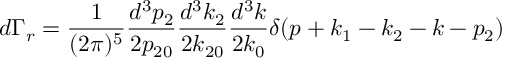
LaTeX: d \Gamma _ { r } = \frac { 1 } { ( 2 \pi ) ^ { 5 } } \frac { d ^ { 3 } p _ { 2 } } { 2 p _ { 2 0 } } \frac { d ^ { 3 } k _ { 2 } } { 2 k _ { 2 0 } } \frac { d ^ { 3 } k } { 2 k _ { 0 } } \delta ( p + k _ { 1 } - k _ { 2 } - k - p _ { 2 } )